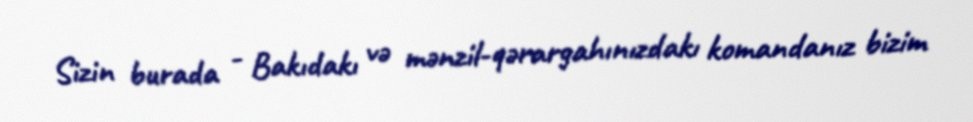
Sizin burada - Bakıdakı və mənzil-qərargahınızdakı komandanız bizim